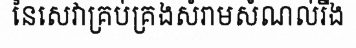
នៃសេវាគ្រប់គ្រងសំរាមសំណល់រឹង